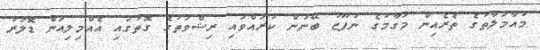
މުއާމަލާތުގެ ތެރެއިން މަގާމުގެ ނުފޫޒު ބޭނުން ކުރައްވައި ރިޝްވަތުގެ ގޮތުގައި އެއްމިލިއަން ޑޮލަރު